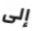
إلى